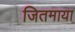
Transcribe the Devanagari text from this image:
जितमाया